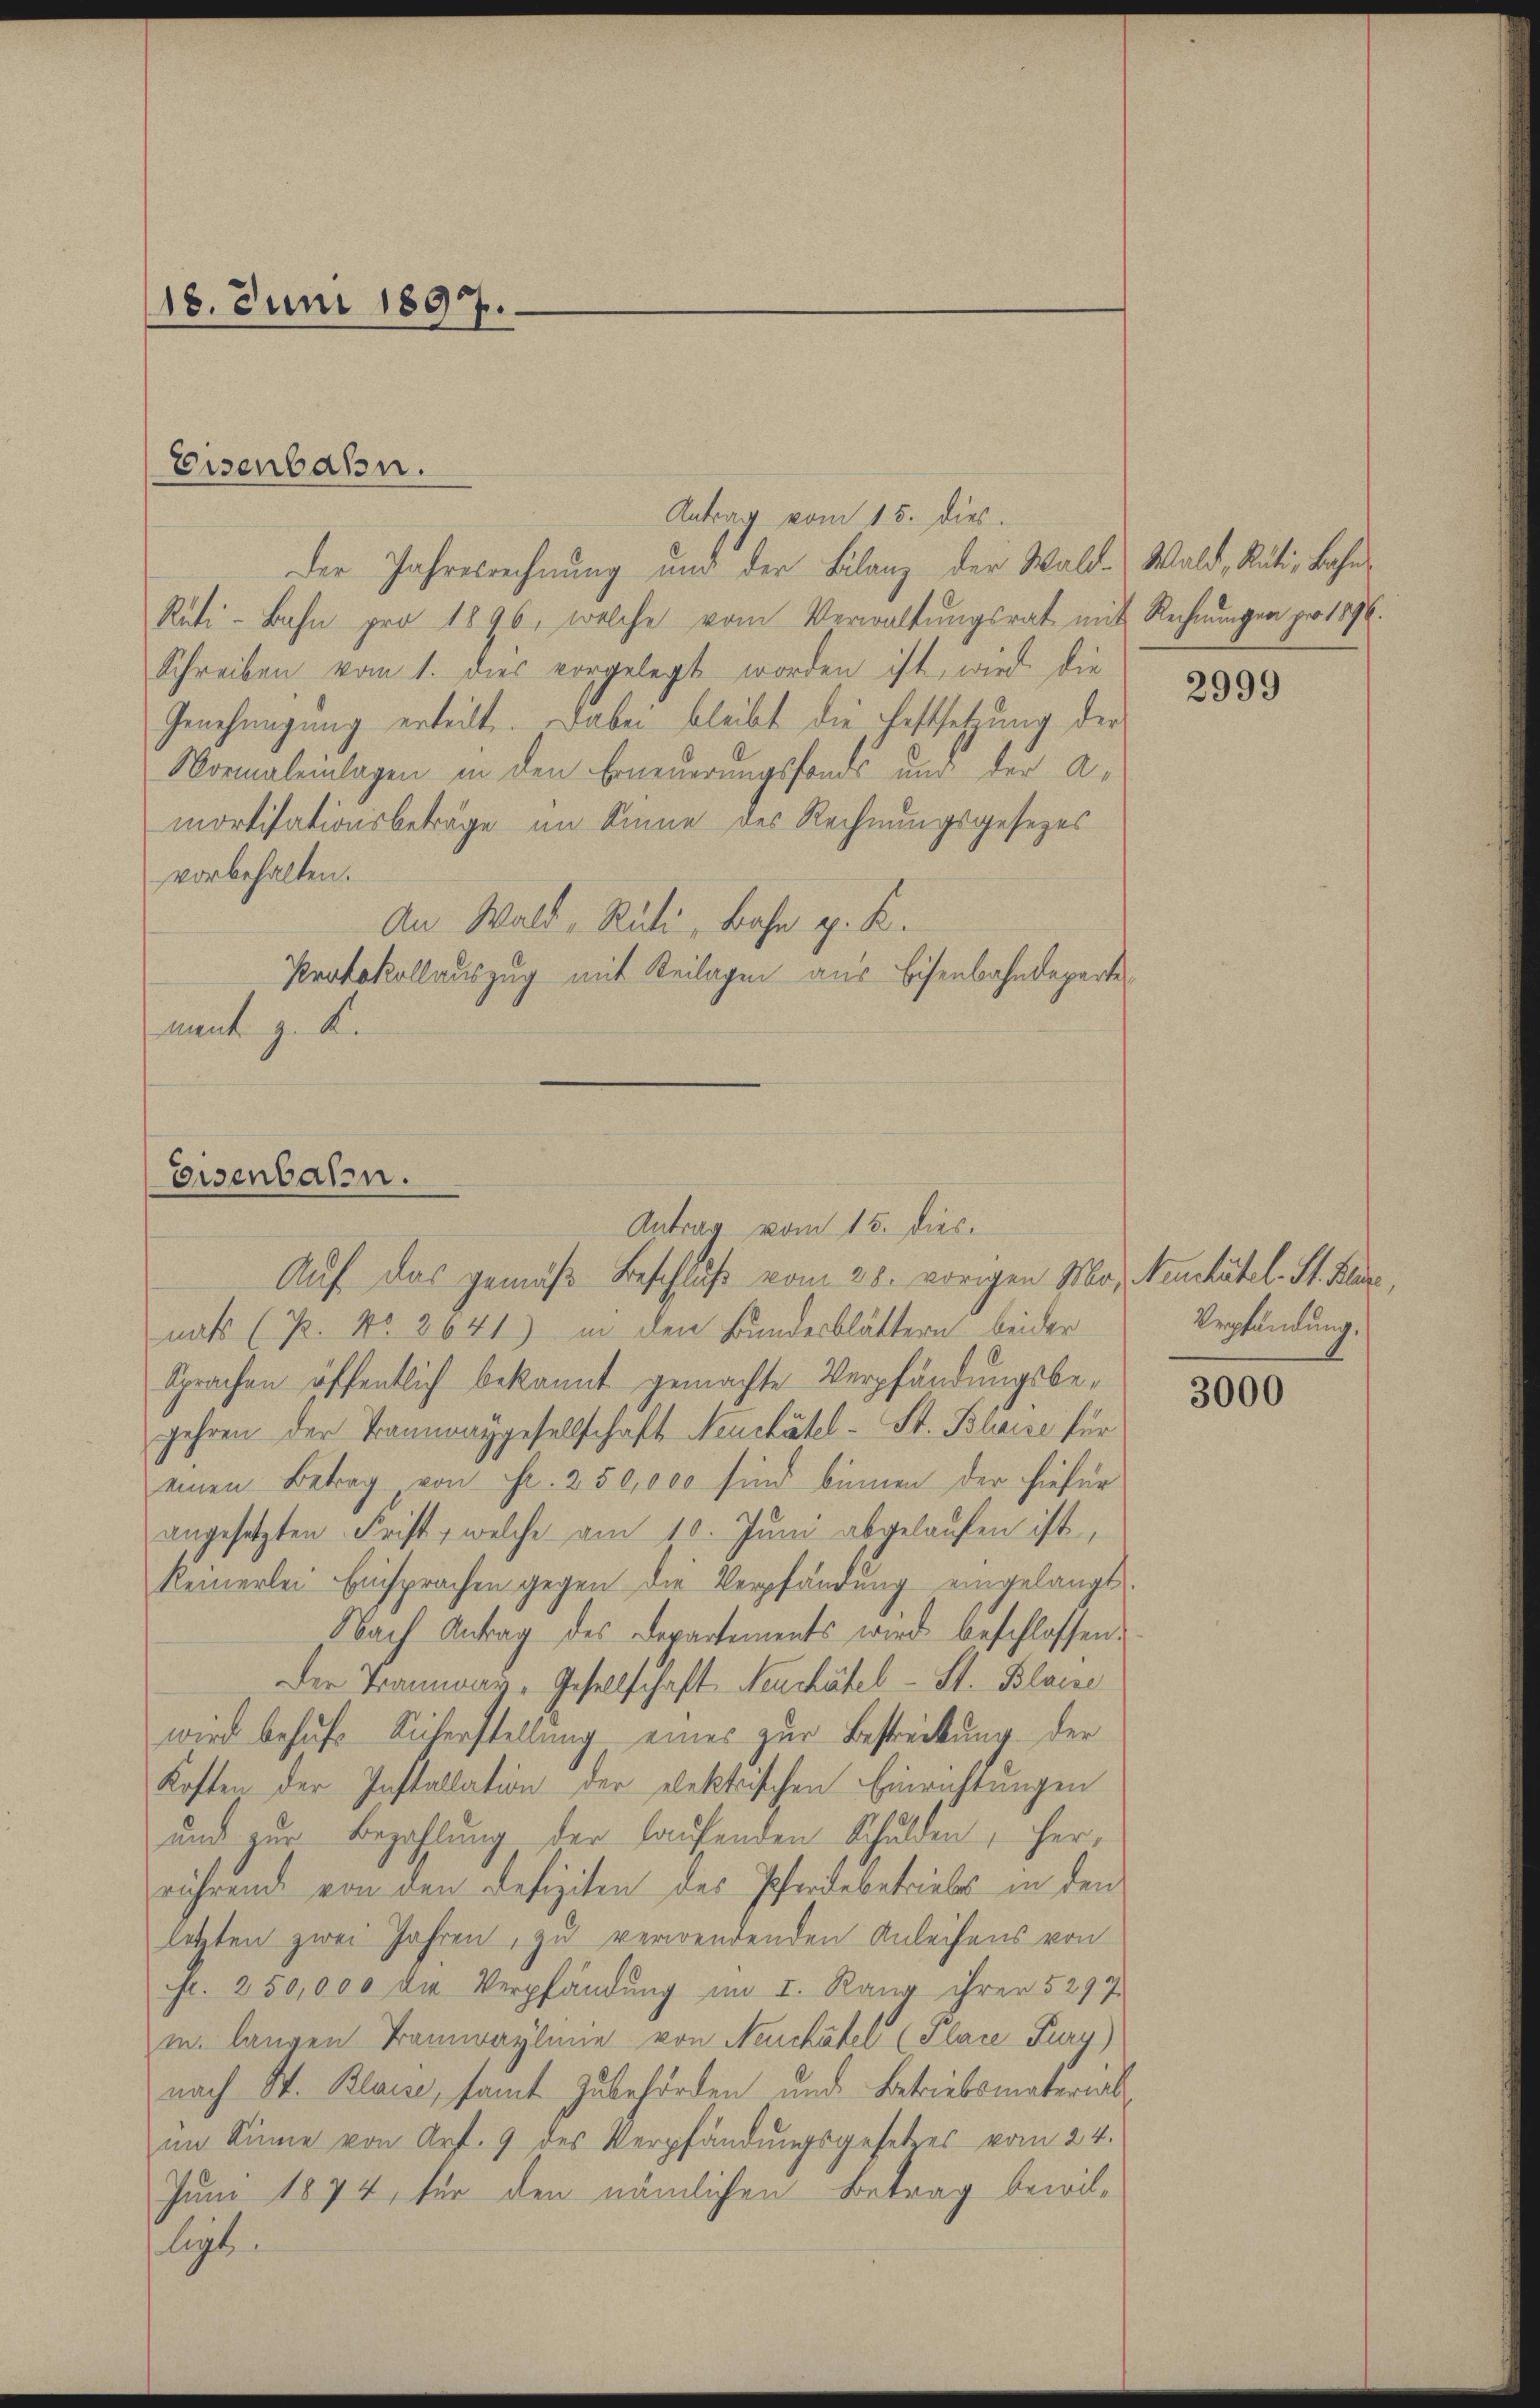
18. Juni 1897.

Eisenbahn.

Eisenbaren.
Antrag vom 15. dies

Antrag vom 15. dies
Der Jahresrechnung und der Bilanz der Wald-Wald, Rüti, Bahn
Rüti-Bahn pro 1896, welche vom Verwaltungsrat mit Rechnungen pr 1896.
Schreiben vom 1. dies vorgelegt worden ist, wird die
Genehmigung erteilt. Dabei bleibt die Festsetzung der
Normaleinlagen in den Erneuerungsfonds und der A
mortisationsbeträge im Sinne des Rechnungsgesezes
vorbehalten.
An Wald - Rüti, Bahn p. K.
Protokollauszug mit Beilagen aus Bisenbahndeparte
mant z. K.

Auf das gemäß Beschluß vom 28. vorigen Mor. Neuchübel. St. Klar,
nats (P. No. 3641) in den Bundesblättern beider
Sprachen öffentlich bekannt gemachte Verpfändungsbegehren der Traunraygesellschaft Neuchâtel - St. Bleise für
einen Betrag von Fr. 250,000 sind binnen der hiefür
angesetzten Frist, welche am 10. Juni abgelaufen ist,
Reinerlei Einsprachen gegen die Verpfändung eingelangt.
Nach Antrag des Departements wird beschlossen:
Der Tramway-Gesellschaft Neuchâtel - St. Blace
wird behufs Sicherstellung eines zur Bestreckung der
Kosten der Installation der elektrischen Einrichtungen
und zur Bezahlung der laufenden Schulden, her,
rührend von den Defiziten des Pferdebetriebes in den
letzten zwei Jahren, zu verwendenden Anleihens von
Fr. 250,000 die Verpfändung im I. Rang ihren 5294
mn langen Tramwaylinie von Neuchâtel (Plare Fury)
nach St. Blaise, samt Zubehörden und Betriebsmaterial
im Sinne von Art. 9 des Verpfändungsgesetzes vom 24.
Juni 1874, für den nämlichen Betrag bewilligt.

2999

Vrpfändung.

3000